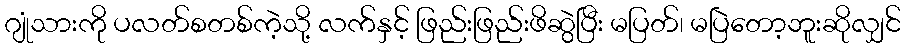
ဂျုံသားကို ပလတ်စတစ်ကဲ့သို့ လက်နှင့် ဖြည်းဖြည်းဖိဆွဲပြီး မပြတ်၊ မပြဲတော့ဘူးဆိုလျှင်